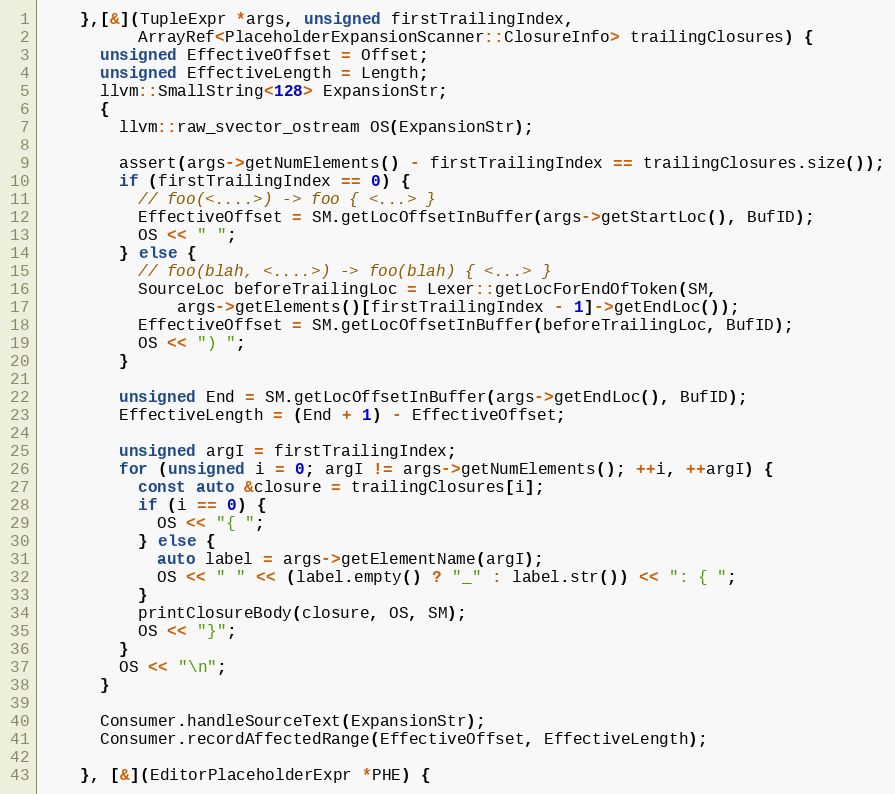
Language: C++
    },[&](TupleExpr *args, unsigned firstTrailingIndex,
          ArrayRef<PlaceholderExpansionScanner::ClosureInfo> trailingClosures) {
      unsigned EffectiveOffset = Offset;
      unsigned EffectiveLength = Length;
      llvm::SmallString<128> ExpansionStr;
      {
        llvm::raw_svector_ostream OS(ExpansionStr);

        assert(args->getNumElements() - firstTrailingIndex == trailingClosures.size());
        if (firstTrailingIndex == 0) {
          // foo(<....>) -> foo { <...> }
          EffectiveOffset = SM.getLocOffsetInBuffer(args->getStartLoc(), BufID);
          OS << " ";
        } else {
          // foo(blah, <....>) -> foo(blah) { <...> }
          SourceLoc beforeTrailingLoc = Lexer::getLocForEndOfToken(SM,
              args->getElements()[firstTrailingIndex - 1]->getEndLoc());
          EffectiveOffset = SM.getLocOffsetInBuffer(beforeTrailingLoc, BufID);
          OS << ") ";
        }

        unsigned End = SM.getLocOffsetInBuffer(args->getEndLoc(), BufID);
        EffectiveLength = (End + 1) - EffectiveOffset;

        unsigned argI = firstTrailingIndex;
        for (unsigned i = 0; argI != args->getNumElements(); ++i, ++argI) {
          const auto &closure = trailingClosures[i];
          if (i == 0) {
            OS << "{ ";
          } else {
            auto label = args->getElementName(argI);
            OS << " " << (label.empty() ? "_" : label.str()) << ": { ";
          }
          printClosureBody(closure, OS, SM);
          OS << "}";
        }
        OS << "\n";
      }

      Consumer.handleSourceText(ExpansionStr);
      Consumer.recordAffectedRange(EffectiveOffset, EffectiveLength);

    }, [&](EditorPlaceholderExpr *PHE) {